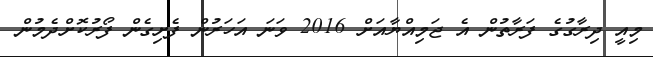
މިއީ ދިރާގުގެ ފަރާތުން އެ ޖަމިއްޔާއަށް 2016 ވަނަ އަހަރުން ފެށިގެން ފޯރުކޮށްދެމުން